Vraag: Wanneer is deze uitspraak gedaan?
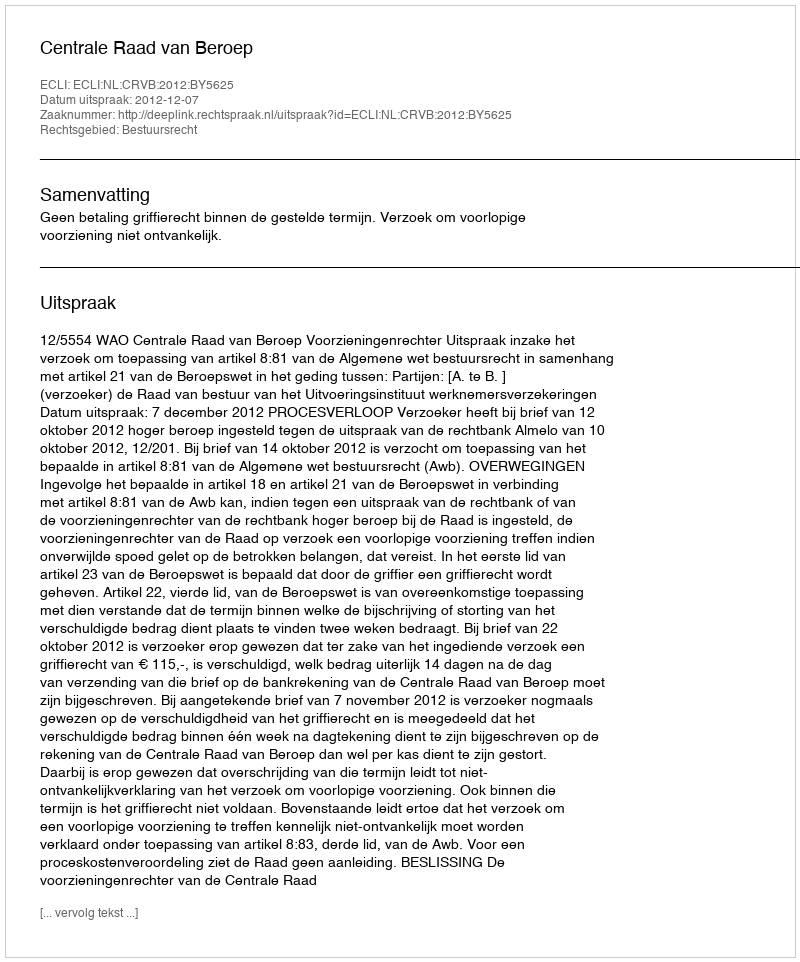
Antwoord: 2012-12-07